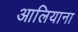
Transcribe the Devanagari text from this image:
आलियाना